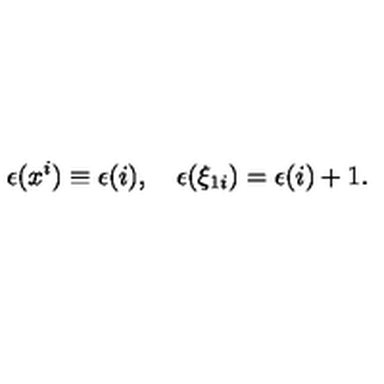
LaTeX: \epsilon ( x ^ { i } ) \equiv \epsilon ( i ) , \quad \epsilon ( \xi _ { 1 i } ) = \epsilon ( i ) + 1 .